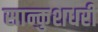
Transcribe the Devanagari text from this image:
सान्कुशधरी